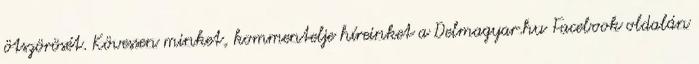
ötszörösét. Kövessen minket, kommentelje híreinket a Delmagyar.hu Facebook oldalán